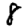
Digit: 8